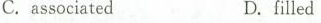
C. associatedD.filled